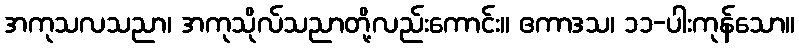
အကုသလသညာ၊ အကုသိုလ်သညာတို့လည်းကောင်း။ ဧကာဒသ၊ ၁၁-ပါးကုန်သော။